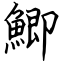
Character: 鯽